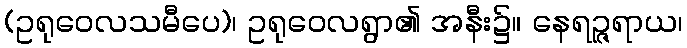
(ဥရုဝေလသမီပေ)၊ ဥရုဝေလရွာ၏ အနီး၌။ နေရဉ္ဇရာယ၊